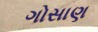
ગોસાણ